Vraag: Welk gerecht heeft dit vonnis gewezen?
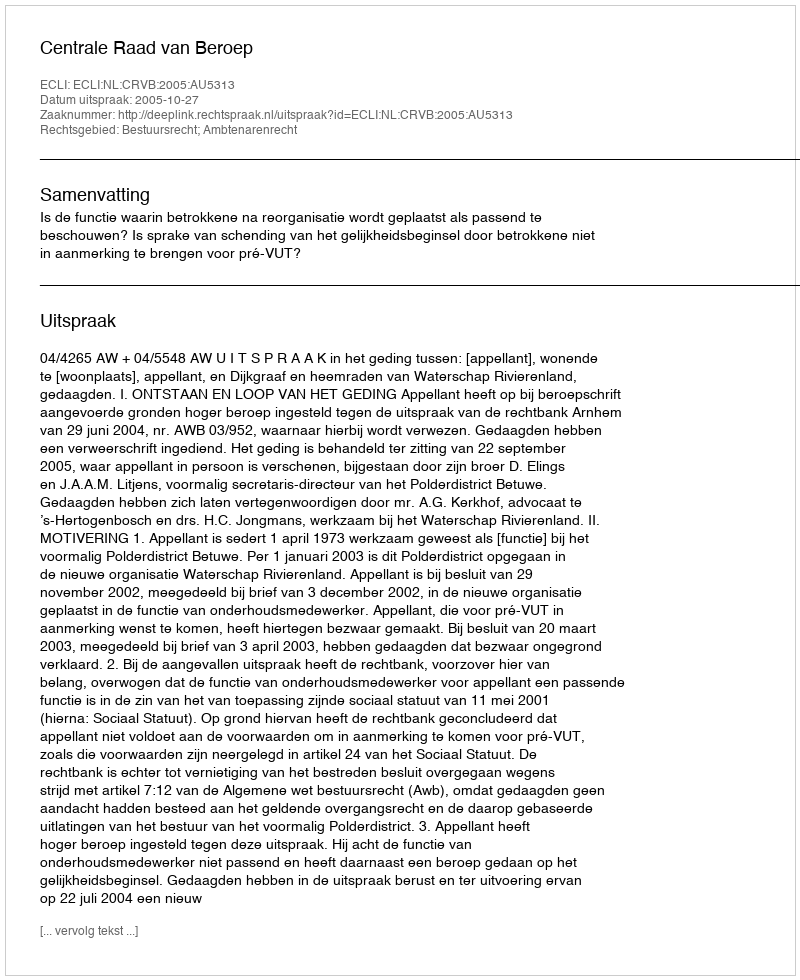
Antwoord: Centrale Raad van Beroep